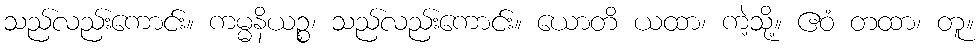
သည်လည်းကောင်း။ ကမ္မနိယဉ္စ၊ သည်လည်းကောင်း။ ယောတိ ယထာ၊ ကဲ့သို့။ ဧဝံ တထာ၊ တူ။